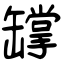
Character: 罉